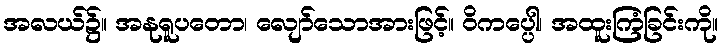
အလယ်၌။ အနုရူပတော၊ လျော်သောအားဖြင့်။ ဝိကပ္ပေါ၊ အထူးကြံခြင်းကို။